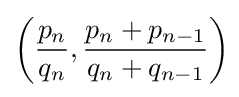
\left({\frac {p_{n}}{q_{n}}},{\frac {p_{n}+p_{n-1}}{q_{n}+q_{n-1}}}\right)\!